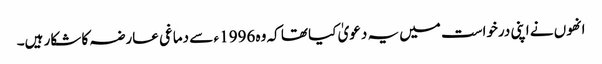
انھوں نے اپنی درخواست میں یہ دعویٰ کیا تھا کہ وہ 1996 ء سے دماغی عارضہ کا شکار ہیں۔